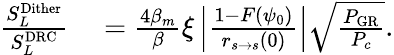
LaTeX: \begin{array}{rl}{\frac{S_{L}^{\mathrm{Dither}}}{S_{L}^{\mathrm{DRC}}}}&{{}=\frac{4\beta_{m}}{\beta}\xi\left|\frac{1-F(\psi_{0})}{r_{s\rightarrow s}(0)}\right|\sqrt{\frac{P_{\mathrm{GR}}}{P_{c}}}.}\end{array}